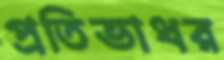
প্রতিভাধর